Report of the Indian Hemp Drugs Commission, 1894-1895 - Volume IV
Year: 1894
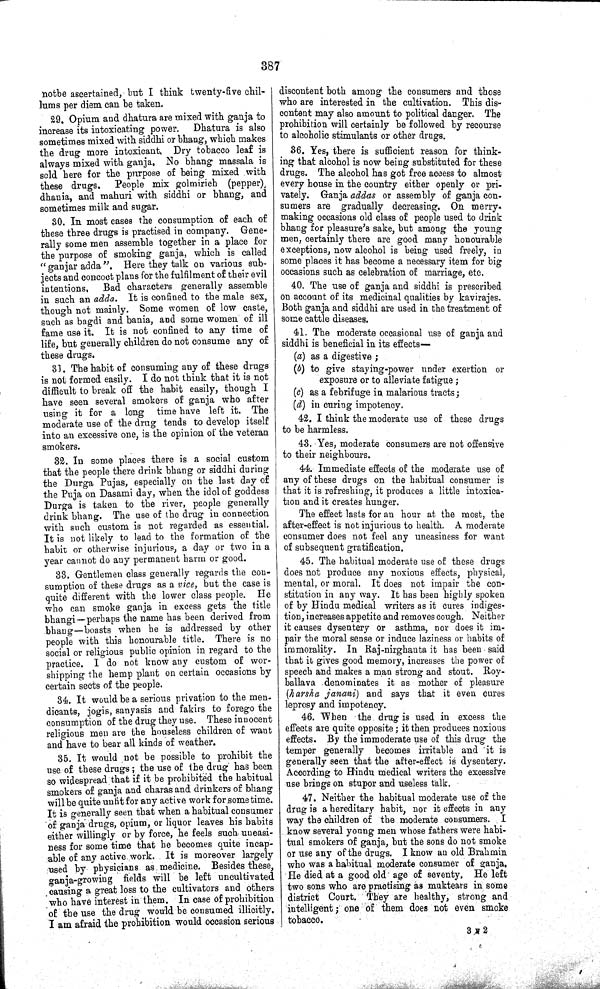
387
notbe ascertained, but I think twenty-five chil-
lums per diem can be taken.
29. Opium and dhatura are mixed with ganja to
increase its intoxicating power.
Dhatura is also
sometimes mixed with siddhi or bhang, which makes
the drug more intoxicant. Dry tobacco leaf is
always mixed with ganja. No bhang massala is
sold here for the purpose of being mixed with
these drugs.
People mix golmirich (pepper),
dhania, and mahuri with siddhi or bhang, and
sometimes milk and sugar.
30. In most cases the consumption of each of
these three drugs is practised in company. Gene-
rally some men assemble together in a place for
the purpose of smoking ganja, which is called
"ganjar adda". Here they talk on various sub-
jects and concoct plans for the fulfilment of their evil
intentions,
Bad characters generally assemble
in such an adda. It is confined to the male sex,
though not mainly. Some women of low caste,
such as bagdi and bania, and some women of ill
fame use it. It is not confined to any time of
life, but generally children do not consume any of
these drugs.
31. The habit of consuming any of these drugs
is not formed easily. I do not think that it is not
difficult to break off the habit easily, though I
have seen several smokers of ganja who after
using it for a long time have left it. The
moderate use of the drug tends to develop itself
into an excessive one, is the opinion of the veteran
smokers.
32. In some places there is a social custom
that the people there drink bhang or siddhi during
the Durga Pujas, especially on the last day of
the Puja on Dasami day, when the idol of goddess
Durga is taken to the river, people generally
drink bhang. The use of the drug in connection
with such custom is not regarded as essential.
It is not likely to lead to the formation of the
habit or otherwise injurious, a day or two in a
year cannot do any permanent harm or good.
33. Gentlemen class generally regards the con-
sumption of these drugs as a vice, but the case is
quite different with the lower class people. He
who can smoke ganja in excess gets the title
bhangi—perhaps the name has been derived from
bhang—boasts when he is addressed by other
people with this honourable title. There is no
social or religious public opinion in regard to the
practice. I do not know any custom of wor-
shipping the hemp plant on certain occasions by
certain sects of the people.
34. It would be a serious privation to the men-
dicants, jogis, sanyasis and fakirs to forego the
consumption of the drug they use. These innocent
religious men are the houseless children of want
and have to bear all kinds of weather.
35. It would not be possible to prohibit the
use of these drugs; the use of the drug has been
so widespread that if it be prohibited the habitual
smokers of ganja and charas and drinkers of bhang
will be quite unfit for any active work for some time.
It is generally seen that when a habitual consumer
of ganja drugs, opium, or liquor leaves his habits
either willingly or by force, he feels such uneasi-
ness for some time that he becomes quite incap-
able of any active work. It is moreover largely
used by physicians as medicine. Besides these,
ganja-growing fields will be left uncultivated
causing a great loss to the cultivators and others
who have interest in them. In case of prohibition
of the use the drug would be consumed illicitly.
I am afraid the prohibition would occasion serious
discontent both among the consumers and those
who are interested in the cultivation. This dis-
content may also amount to political danger. The
prohibition will certainly be followed by recourse
to alcoholic stimulants or other drugs.
36. Yes, there is sufficient reason for think-
ing that alcohol is now being substituted for these
drugs. The alcohol has got free access to almost
every house in the country either openly or pri-
vately. Ganja addas or assembly of ganja con-
sumers are gradually decreasing. On merry.
making occasions old class of people used to drink
bhang for pleasure's sake, but among the young
men, certainly there are good many honourable
exceptions, now alcohol is being used freely, in
some places it has become a necessary item for big
occasions such as celebration of marriage, etc.
40. The use of ganja and siddhi is prescribed
on account of its medicinal qualities by kavirajes.
Both ganja and siddhi are used in the treatment of
some cattle diseases.
41. The moderate occasional use of ganja and
siddhi is beneficial in its effects—
(a) as a digestive;
(b) to give staying-power under exertion or
exposure or to alleviate fatigue;
(c) as a febrifuge in malarious tracts;
(d) in curing impotency.
42. I think the moderate use of these drugs
to be harmless.
43. Yes, moderate consumers are not offensive
to their neighbours.
44. Immediate effects of the moderate use of
any of these drugs on the habitual consumer is
that it is refreshing, it produces a little intoxica-
tion and it creates hunger.
The effect lasts for an hour at the most, the
after-effect is not injurious to health. A moderate
consumer does not feel any uneasiness for want
of subsequent gratification.
45. The habitual moderate use of these drugs
does not produce any noxious effects, physical,
mental, or moral. It does not impair the con-
stitution in any way. It has been highly spoken
of by Hindu medical writers as it cures indiges-
tion, increases appetite and removes cough. Neither
it causes dysentery or asthma, nor does it im-
pair the moral sense or induce laziness or habits of
immorality. In Raj-nirghanta it has been said
that it gives good memory, increases the power of
speech and makes a man strong and stout. Roy-
ballava denominates it as mother of pleasure
(harsha janani) and says that it even cures
leprosy and impotency.
46. When the drug is used in excess the
effects are quite opposite; it then produces noxious
effects. By the immoderate use of this drug the
temper generally becomes irritable and it is
generally seen that the after-effect is dysentery.
According to Hindu medical writers the excessive
use brings on stupor and useless talk.
47. Neither the habitual moderate use of the
drug is a hereditary habit, nor it effects in any
way the children of the moderate consumers. I
know several young men whose fathers were habi-
tual smokers of ganja, but the sons do not smoke
or use any of the drugs. I know an old Brahmin
who was a habitual moderate consumer of ganja.
He died at a good old age of seventy. He left
two sons who are practising as muktears in some
district Court. They are healthy, strong and
intelligent; one of them does not even smoke
tobacco.
3 F 2